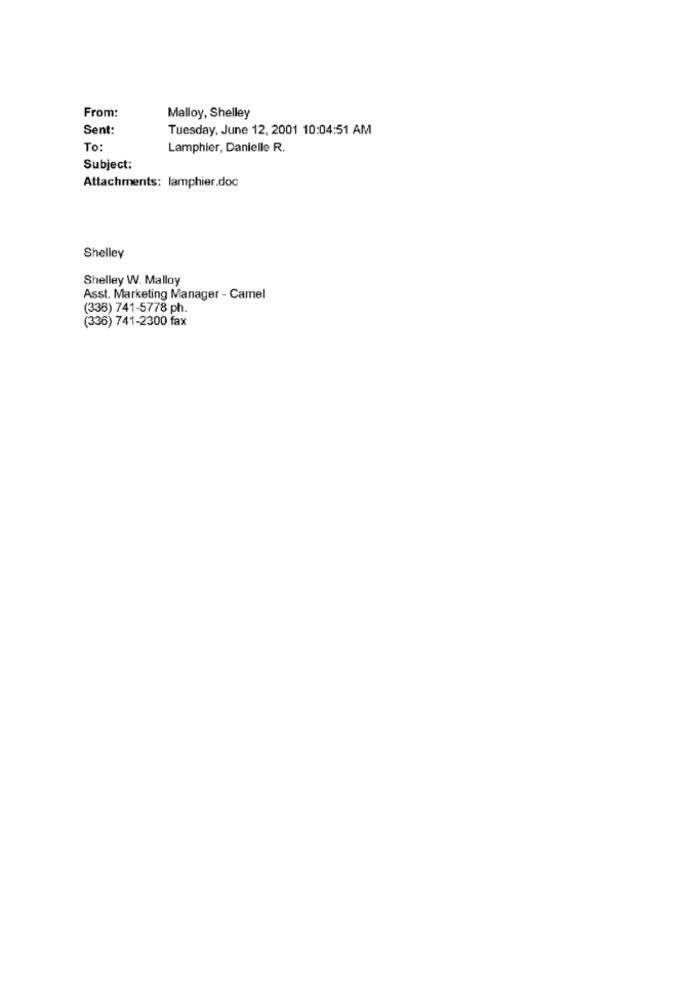
From:
Malloy, Shelley
Sent:
Tuesday, June 12, 2001 10:04:51 AM
To
Lamphier, Danielle R.
Subject:
Attachments: lamphier.doc
Shelley
Shelley W. Malloy
Asst. Marketing Manager - Camel
(336) 741-5778 ph.
(336) 741-2300 fax